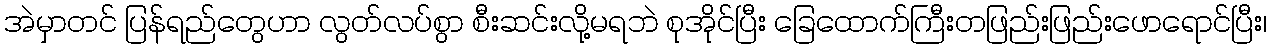
အဲမှာတင် ပြန်ရည်တွေဟာ လွတ်လပ်စွာ စီးဆင်းလို့မရဘဲ စုအိုင်ပြီး ခြေထောက်ကြီးတဖြည်းဖြည်းဖောရောင်ပြီး၊